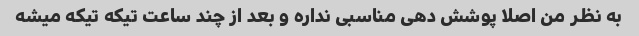
به نظر من اصلا پوشش دهی مناسبی نداره و بعد از چند ساعت تیکه تیکه میشه